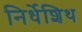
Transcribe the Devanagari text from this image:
निर्धेशिथ